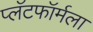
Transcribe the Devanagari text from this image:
प्लॅटफॉर्मला